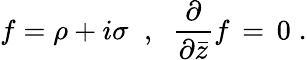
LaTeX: f=\rho+i\sigma\; \; ,\; \; \frac{\partial}{\partial{\bar{z}}}f\, =\, 0\; .